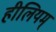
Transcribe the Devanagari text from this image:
हीलियम्